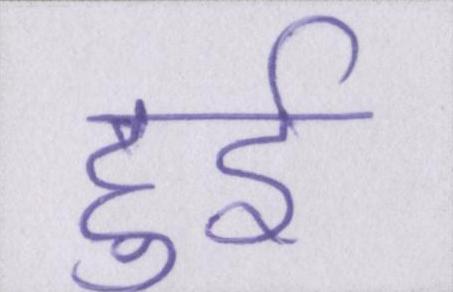
हुर्इ